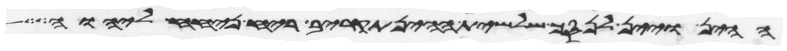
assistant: ההין ויין לנסך שלשית ההין תקריב ריח ניחח ליהוה